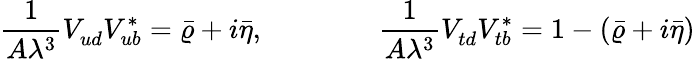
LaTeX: \frac{1}{A\lambda^{3}}V_{ud}^{}V_{ub}^{*}=\bar{\varrho}+i\bar{\eta},\qquad\qquad\frac{1}{A\lambda^{3}}V_{td}^{}V_{tb}^{*}=1-(\bar{\varrho}+i\bar{\eta})